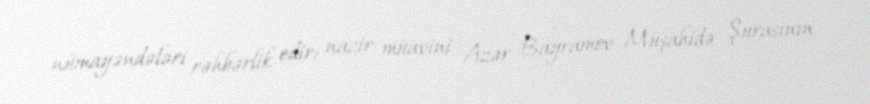
nümayəndələri rəhbərlik edir: nazir müavini Azər Bayramov Müşahidə Şurasının